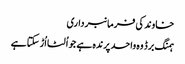
خاوند کی فرمانبرداری
ہمنگ برڈ وہ واحد پرندہ ہے جو اُلٹا اُڑ سکتا ہے